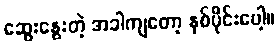
ဆွေးနွေးတဲ့ အခါကျတော့ နှစ်ပိုင်းပေါ့။